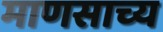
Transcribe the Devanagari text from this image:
माणसाच्य